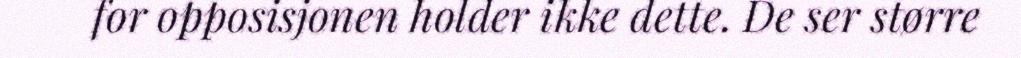
for opposisjonen holder ikke dette. De ser større